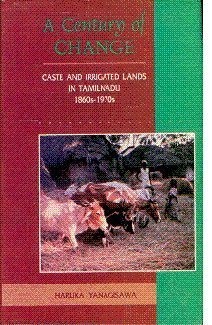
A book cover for A Century of Change: Caste and Irrigated Lands in Tamilnadu 1860s-1970s; Haruka Yanagisawa; Science & Math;